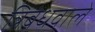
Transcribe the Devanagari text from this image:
त्रिबंधवाले